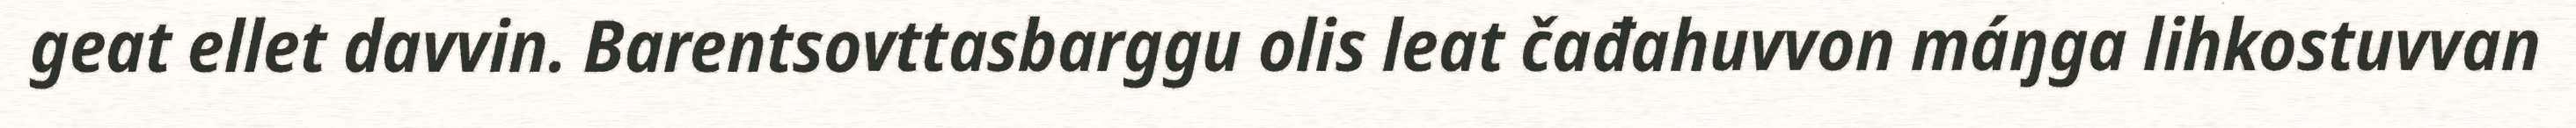
geat ellet davvin. Barentsovttasbarggu olis leat čađahuvvon máŋga lihkostuvvan